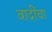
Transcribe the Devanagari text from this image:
वादींचा